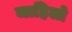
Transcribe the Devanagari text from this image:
जाहिलो